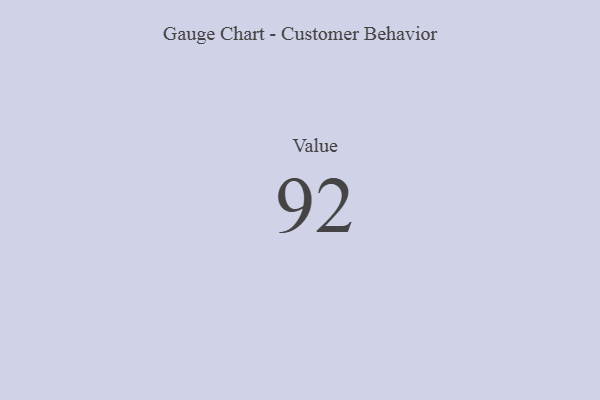
{"axis": {"x": "Metric", "y": "Value"}, "legend": [""], "data": [{"x": "Value", "y": 92, "type": ""}]}